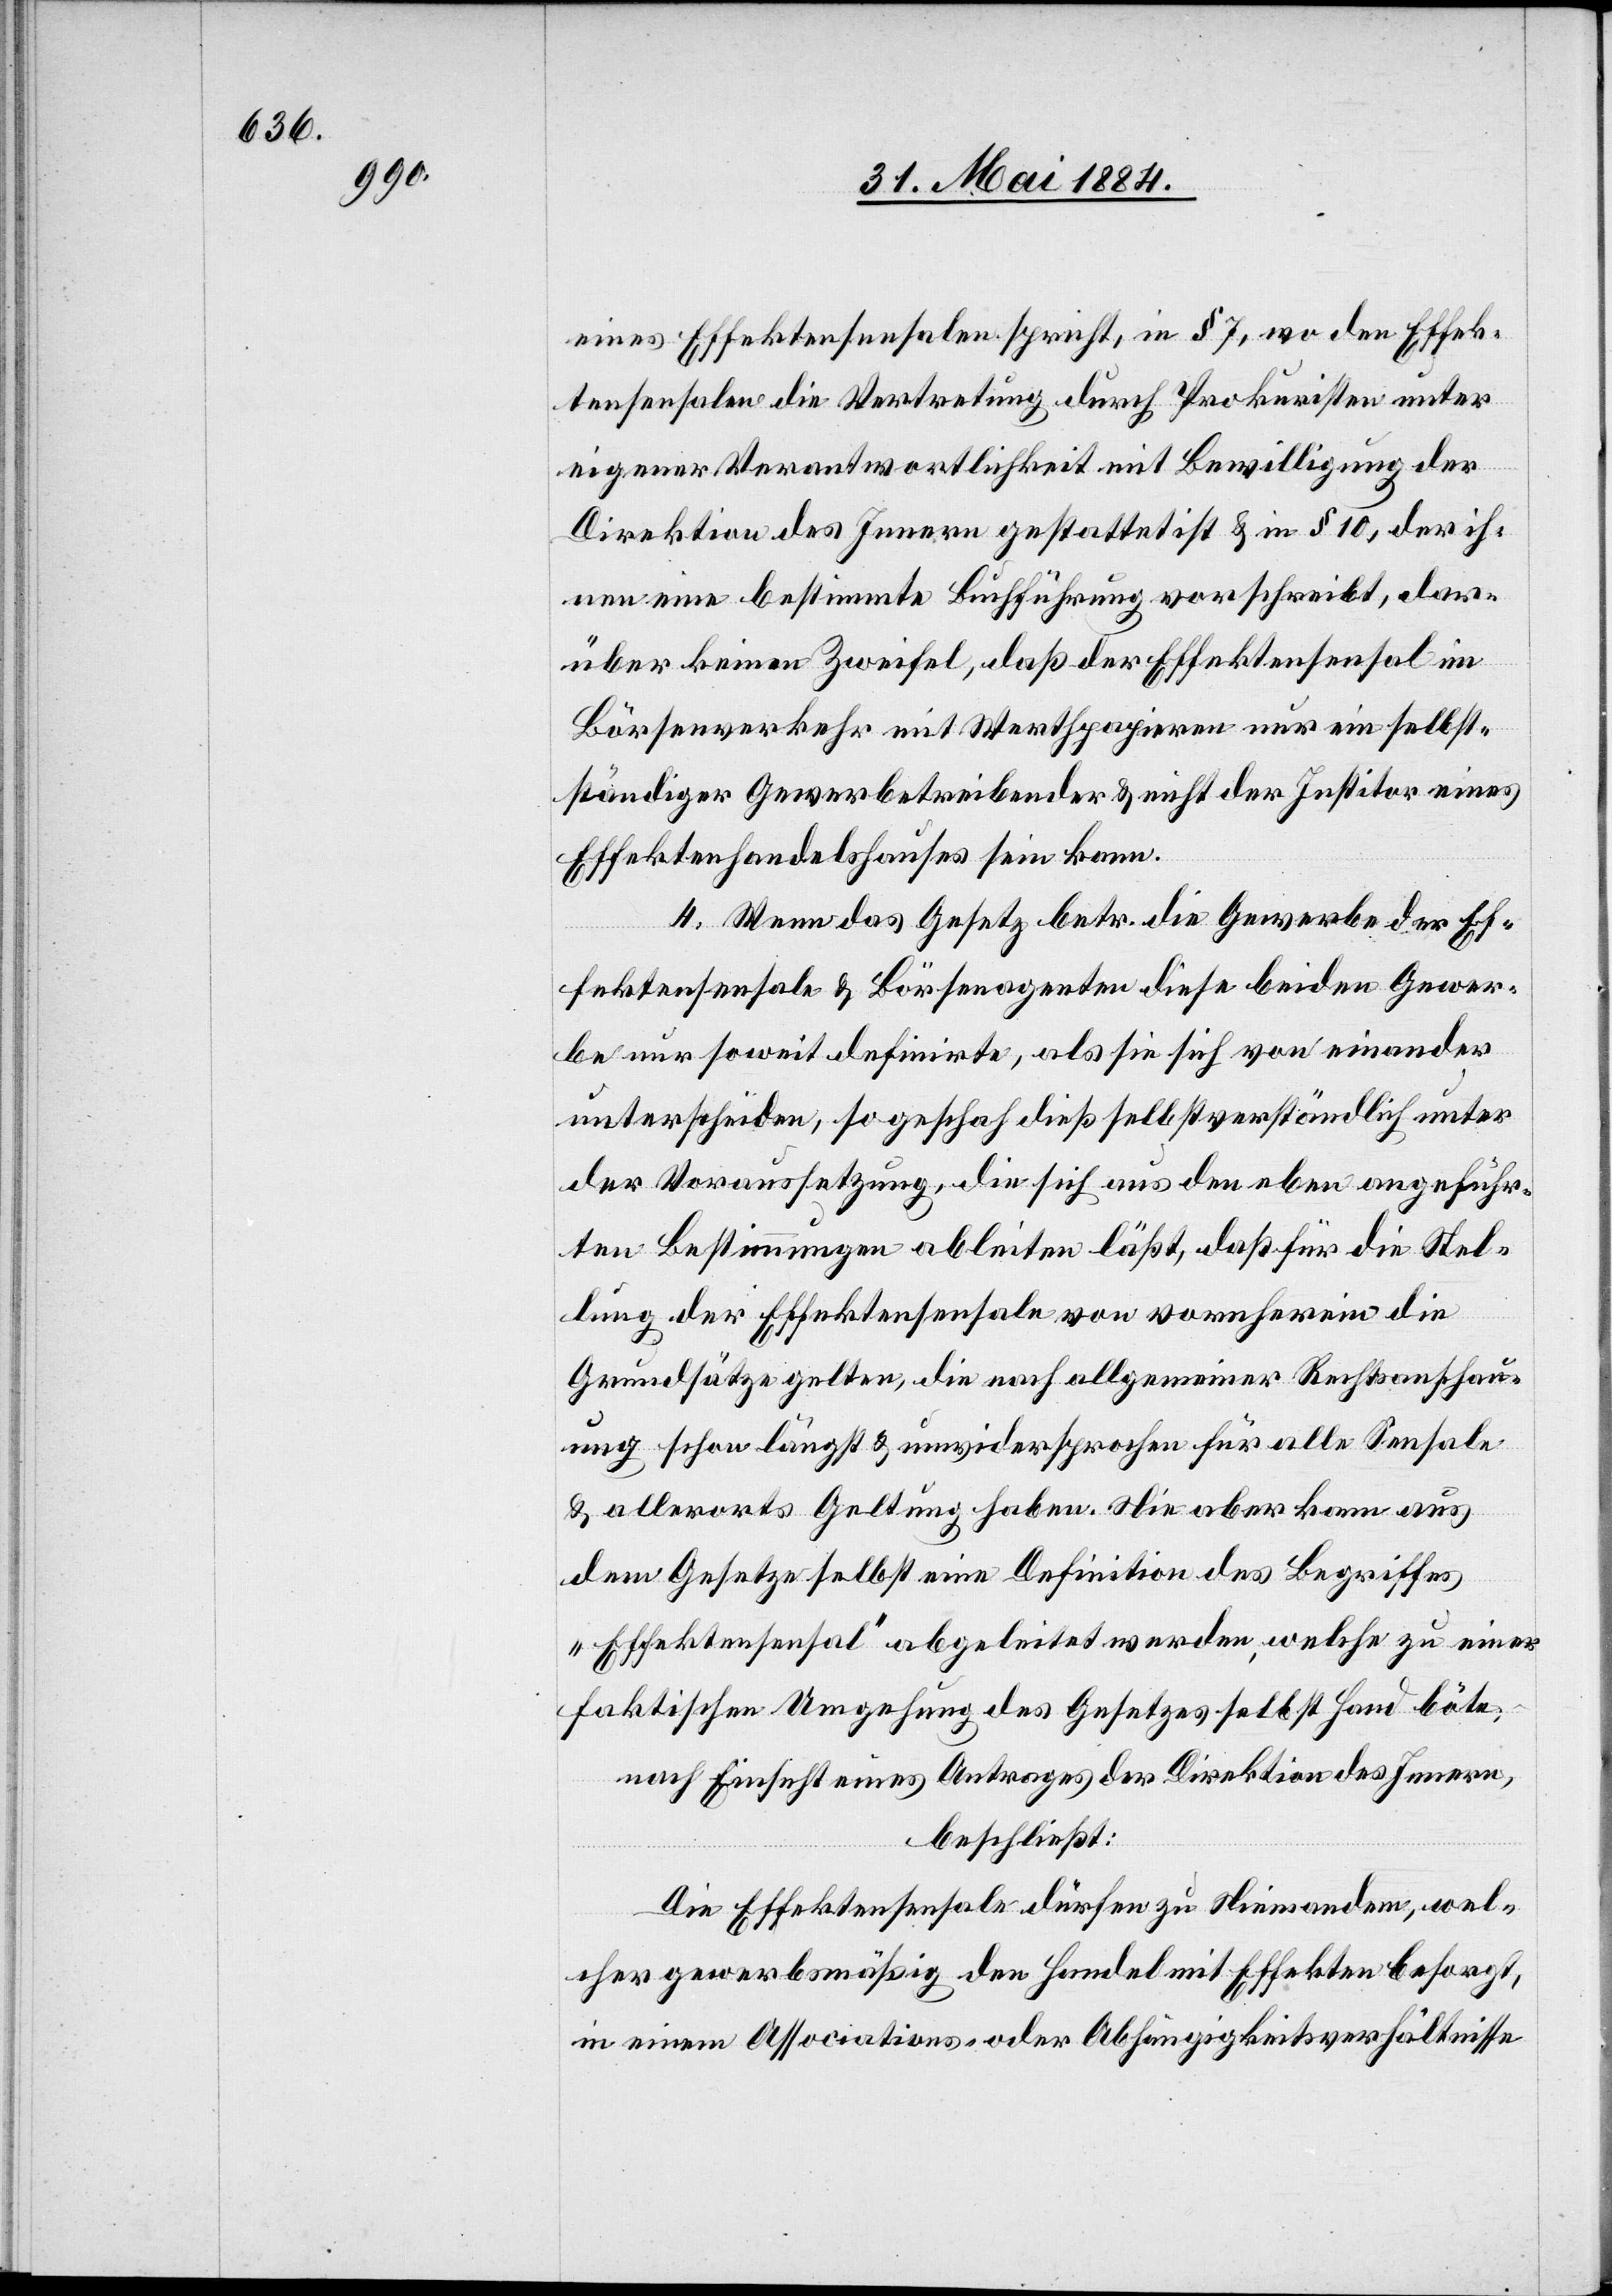
eines Effektensensalen spricht, in § 7, wo den Effek¬
tensensalen die Vertretung durch Prokuristen unter
eigener Verantwortlichkeit mit Bewilligung der
Direktion des Innern gestattet ist & in § 10 der ih¬
nen eine bestimmte Buchführung vorschreibt, dar¬
über keinen Zweifel, daß der Effektensensal im
Börsenverkehr mit Werthpapieren nur ein selbst¬
ständiger Gewerbetreibender & nicht der Institor eines
Effektenhandelshauses sein kann.
4. Wenn das Gesetz betr. die Gewerbe der Ef¬
fektensensale & Börsenagenten diese beiden Gewer¬
be nur soweit definirte, als sie sich von einander
unterschieden, so geschah dieß selbstverständlich unter
der Voraussetzung, die sich aus den eben angeführ¬
ten Bestimmungen ableiten läßt, daß für die Stel¬
lung der Effektensensalen von vornherein die
Grundsätze gelten, die nach allgemeiner Rechtsanschau¬
ung schon längst & unwidersprochen für alle Sensale
& allerorts Geltung haben. Nie aber kann aus
dem Gesetze selbst eine Definition des Begriffes
„Effektensensal“ abgeleitet werden, welche zu einer
faktischen Umgehung des Gesetzes selbst Hand böte.
nach Einsicht eines Antrages der Direktion des Innern,
beschließt:
Die Effektensenale dürfen zu Niemandem, wel¬
cher gewerbsmäßig den Handel mit Effekten besorgt,
in einem Associations- oder Abhängigkeitsverhältnisse